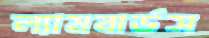
ল্যামবার্ডস